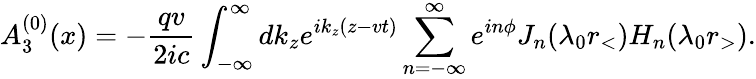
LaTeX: A_{3}^{(0)}(x)=-\frac{qv}{2ic}\int_{-\infty}^{\infty}dk_{z}e^{ik_{z}(z-vt)}\sum_{n=-\infty}^{\infty}e^{in\phi}J_{n}(\lambda_{0}r_{<})H_{n}(\lambda_{0}r_{>}).